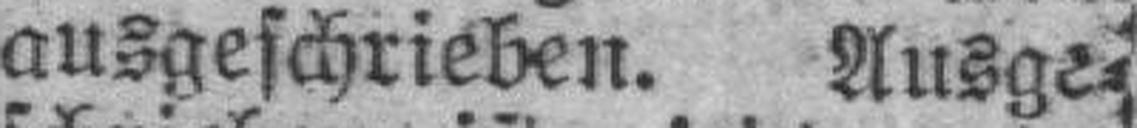
ausgeschrieben. Ausge¬